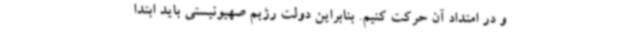
و در امتداد آن حرکت کنیم. بنابراین دولت رژیم صهیونیستی باید ابتدا